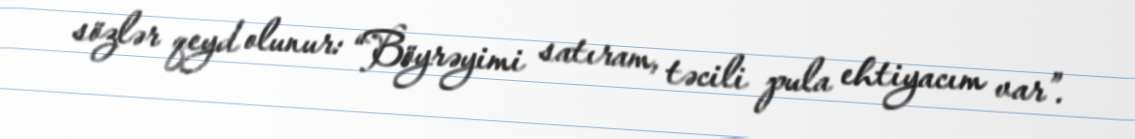
sözlər qeyd olunur: “Böyrəyimi satıram, təcili pula ehtiyacım var”.